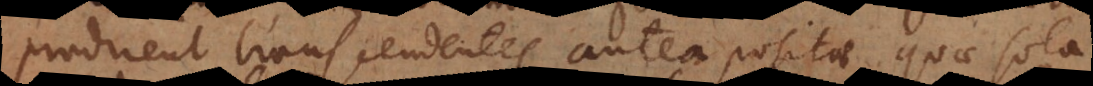
prodirent transcendentes antea positae quae sola